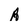
Character: A